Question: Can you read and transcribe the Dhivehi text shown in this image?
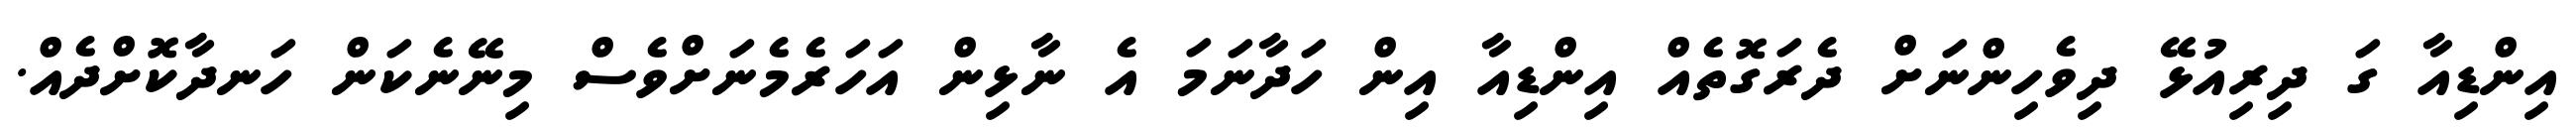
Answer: އިންޑިއާ ގަ ދިރިއުޅޭ ދިވެހިންނަށް ދެރަގޮތެއް އިންޑިއާ އިން ހަދާނަމަ އެ ނާޅިން އަހަރެމެނަށްވެސް މިނޭނެކަން ހަނދާކޮށްދެއް.